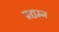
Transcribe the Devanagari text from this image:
प्रद्यम्न